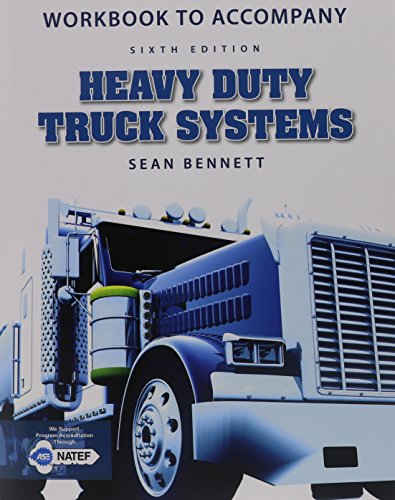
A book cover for Workbook for Bennett's Heavy Duty Truck Systems, 6th; Sean Bennett; Engineering & Transportation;